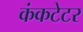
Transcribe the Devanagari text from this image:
कंकटेटर